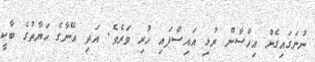
ނުނަގައިގެން އިހްސާން ރުޅި އައިސްފައި ހުރި ވަރެވެ. އަދި އޭނާގެ ހަޔާތުގެ ބާކީ